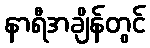
နာရီအချိန်တွင်